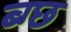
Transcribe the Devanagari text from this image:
ब्ग्छ